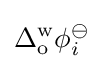
\Delta _{\text{o}}^{\text{w}}\phi _{i}^{\ominus }